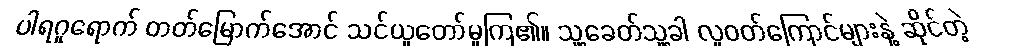
ပါရဂူရောက် တတ်မြောက်အောင် သင်ယူတော်မူကြ၏။ သူ့ခေတ်သူ့ခါ လူဝတ်ကြောင်များနဲ့ ဆိုင်တဲ့